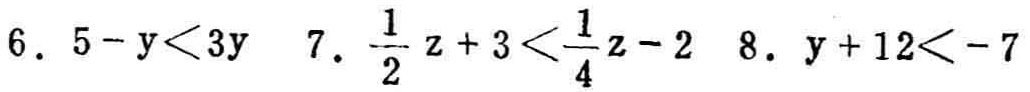
6. \(5 - y<3y\)
7. \(\frac{1}{2}z + 3<\frac{1}{4}z - 2\)
8. \(y + 12<- 7\)